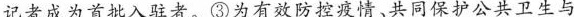
记者成为首批入驻者。③为有效防控疫情、共同保护公共卫生与